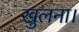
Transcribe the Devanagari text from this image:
खुलना।